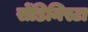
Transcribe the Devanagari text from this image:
सेंडिनिस्टा